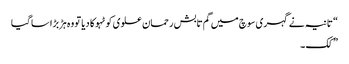
“ تانیہ نے گہری سوچ میں گم تابش رحمان علوی کو ٹہوکا دیا تو وہ ہڑبڑا سا گیا
” کک ۔